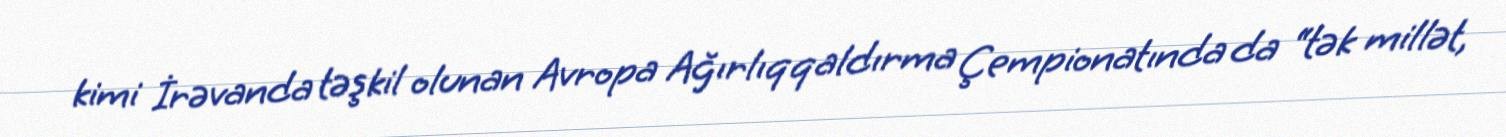
kimi İrəvanda təşkil olunan Avropa Ağırlıqqaldırma Çempionatında da “tək millət,